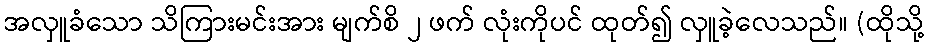
အလှူခံသော သိကြားမင်းအား မျက်စိ ၂ ဖက် လုံးကိုပင် ထုတ်၍ လှူခဲ့လေသည်။ (ထိုသို့